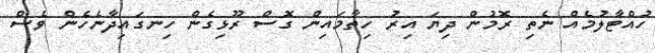
ހުއްޓާލުމެއް ނެތި ރޮމުން ދިޔަ އިރު ހިތާމައިން ގޮސް ރޫޅިގެން ހިނގައިދާނެހެން ވެސް